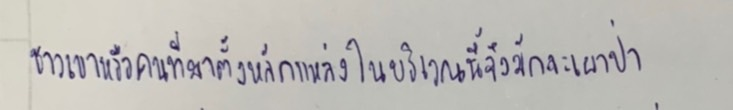
ชาวเขาหรือคนที่มาตั้งหลักแหล่งในบริเวณนี้จึงมักจะเผาป่า